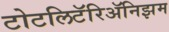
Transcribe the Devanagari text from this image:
टोटलिटॅरिॲनिझम